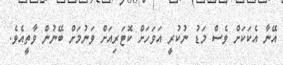
އޭނާ އެކަކަށް ވެސް މަޑު ނުކުރީ އަވަހަށް ކޮޓަރިއަށް ވަނުމަށް ބޭނުން ވާތީއެވެ.